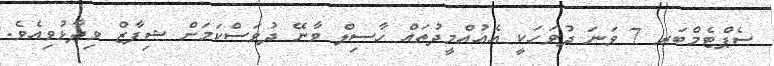
ސެޕްޓެމްބަރ 7 ވަނަ ދުވަހަކީ އެއުއްމީދުތައް ހާސިލް ވާނޭ ދުވަސްކަމަށް ޝިފާޒް ވިދާޅުވިއެވެ.